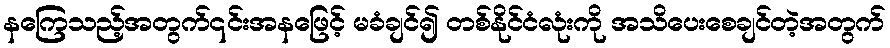
နကြေသည့်အတွက်၎င်းအနဖြေင့် မခံချင်၍ တစ်နိုင်ငံလုံးကို အသိပေးစေချင်တဲ့အတွက်